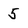
Character: 5